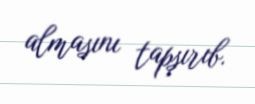
almasını tapşırıb.